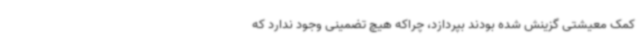
کمک معیشتی گزینش شده بودند بپردازد، چراکه هیچ تضمینی وجود ندارد که